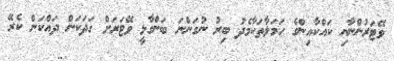
ވޭޓަރުންނާއި ކައްކާއިންގެ ހަމަލާތަކާމެދު ބިރު ނުގަންނަ ބަންގާޅީ ވޭޓަރަށް ގަދަކަން ދައްކަން ކެރޭ